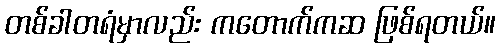
တစ်ခါတရံမှာလည်း ကတောက်ကဆ ဖြစ်ရတယ်။